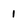
Character: i